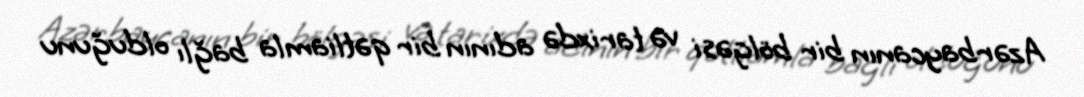
Azərbaycanın bir bölgəsi və tarixdə adının bir qətliamla bağlı olduğunu